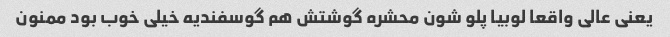
یعنی عالی واقعا لوبیا پلو شون محشره گوشتش هم گوسفندیه خیلی خوب بود ممنون